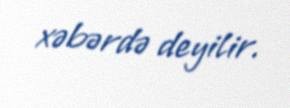
xəbərdə deyilir.